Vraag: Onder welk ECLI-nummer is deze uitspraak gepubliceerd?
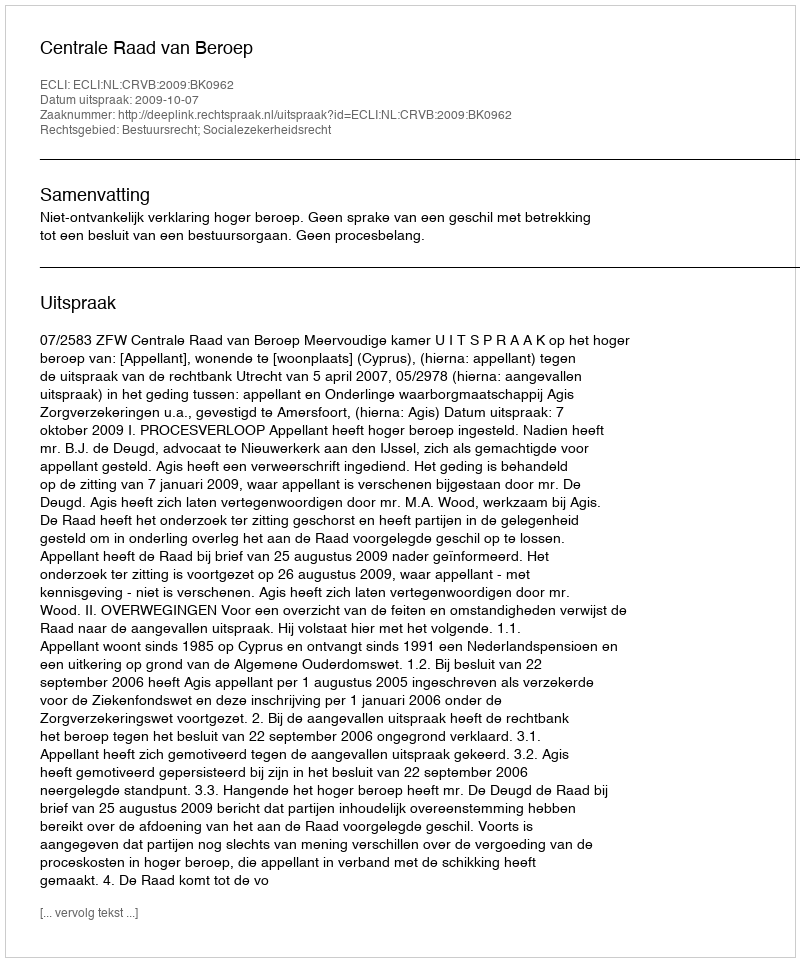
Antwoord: ECLI:NL:CRVB:2009:BK0962